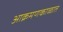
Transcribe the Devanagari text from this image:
आक्रमणकाळात